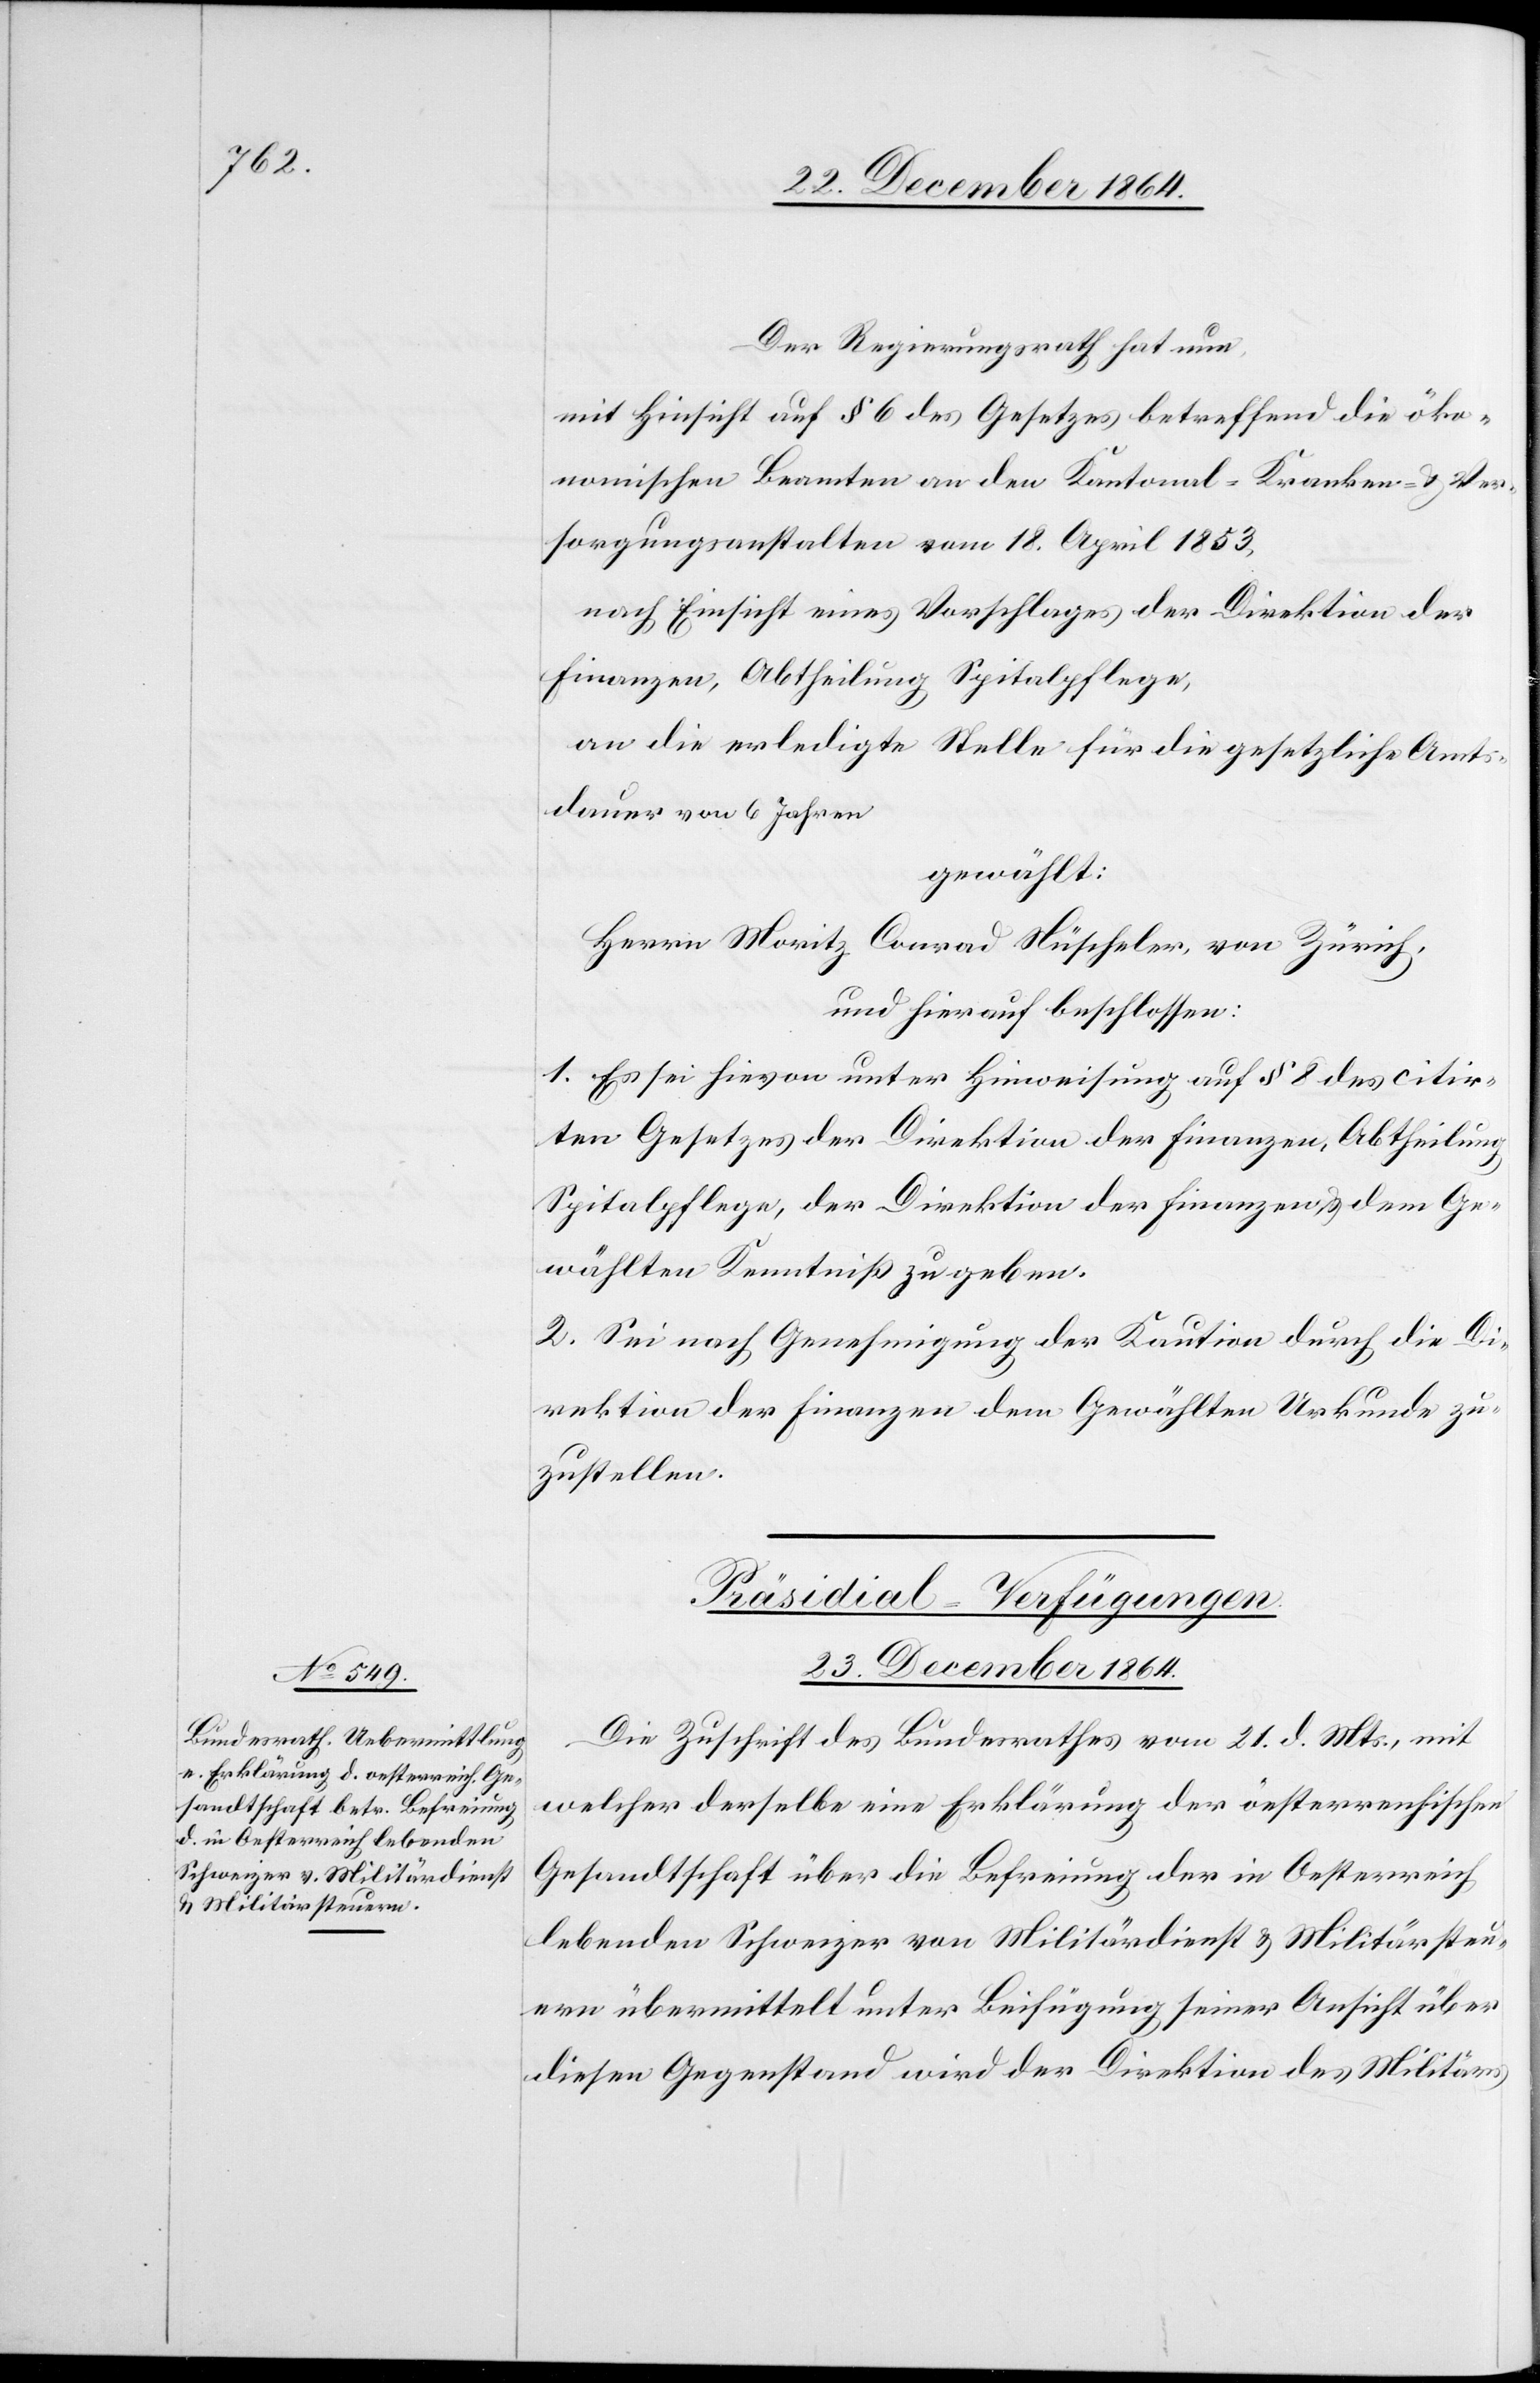
Der Regierungsrath hat nun,
mit Hinsicht auf § 6 des Gesetzes betreffend die öko¬
nomischen Beamten an den Kantonal-Kranken- & Ver¬
sorgungsanstalten vom 18. April 1853,
nach Einsicht eines Vorschlages der Direktion der
Finanzen, Abtheilung Spitalpflege,
an die erledigte Stelle für die gesetzliche Amts¬
dauer von 6 Jahren
gewählt:
Herrn Moritz Conrad Nüscheler, von Zürich,
und hierauf beschlossen:
1. Es sei hievon unter Hinweisung auf § 8 des citir¬
ten Gesetzes der Direktion der Finanzen, Abtheilung
Spitalpflege, der Direktion der Finanzen [sic!], & dem Ge¬
wählten Kenntniß zu geben.
2. Sei nach Genehmigung der Kaution durch die Di¬
rektion der Finanzen dem Gewählten Urkunde zu¬
zustellen.
Präsidial-Verfügungen.
23. December 1864.
Die Zuschrift des Bundesrathes vom 21. d. Mts, mit
welcher derselbe eine Erklärung der öesterreichischen
Gesandtschaft über die Befreiung der in Oesterreich
lebenden Schweizer vom Militärdienst & Militärsteu¬
ern übermittelt unter Beifügung seiner Ansicht über
diesen Gegenstand wird der Direktion des Militärs